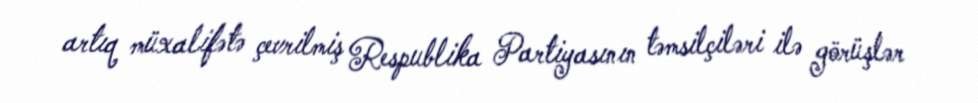
artıq müxalifətə çevrilmiş Respublika Partiyasının təmsilçiləri ilə görüşlər